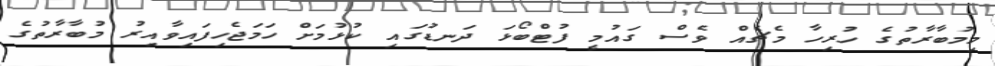
މިމުބާރާތުގެ ހުރިހާ މެޗެއް ވެސް ގައުމީ ފުޓްބޯޅަ ދަނޑުގައި ކުޅުމަށް ހަމަޖެހިފައިވާއިރު މުބާރާތުގެ